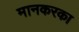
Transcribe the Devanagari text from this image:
मानकरका